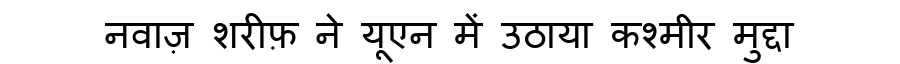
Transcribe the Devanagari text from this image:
नवाज़ शरीफ़ ने यूएन में उठाया कश्मीर मुद्दा